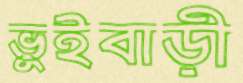
ভুইবাড়ী